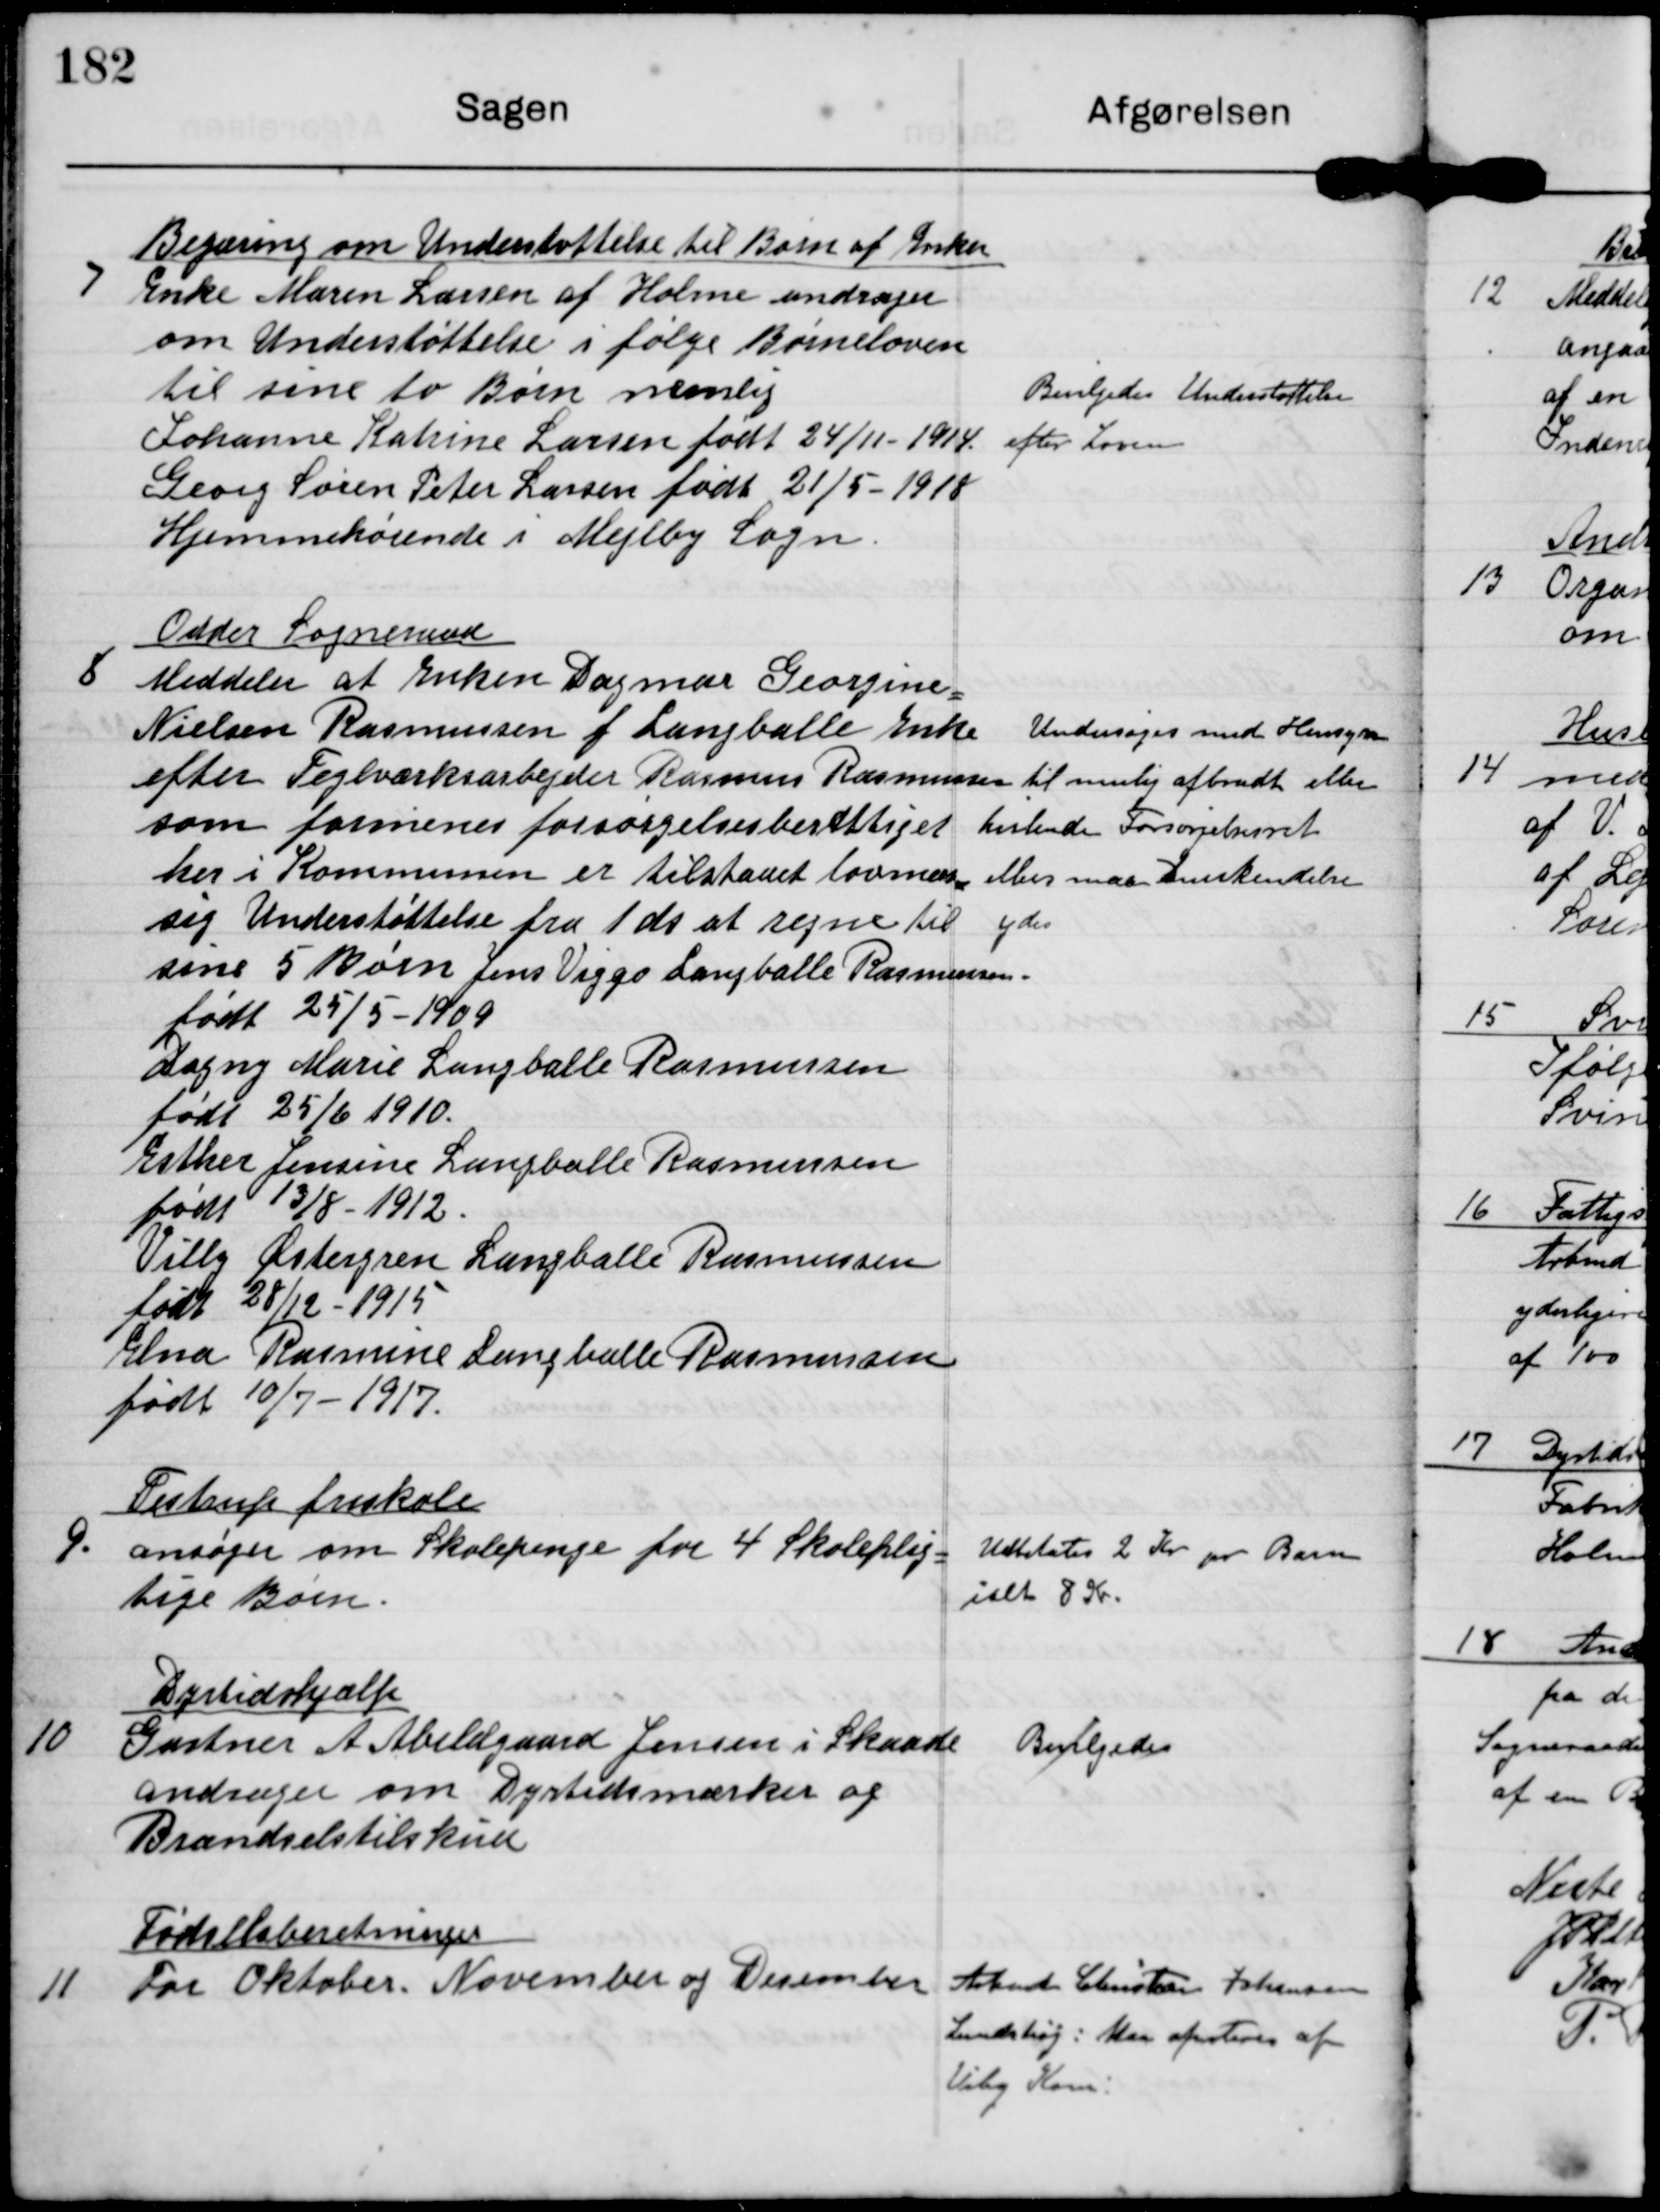
Transskription:
7

Begæring om Understøttelse til Børn og Enker
Enke Maren Larsen af Holme andrager
om Understøttelse i følge Børneloven
til sine to Børn nemlig
Johanne Katrine Larsen født 24/11-1914
Georg Søren Peter Larsen født 21/5-1918
Hjemmehørende i Mejlby Sogn

Bevilgedes Understøttelse
efter Loven

8

Odder Sogneraad
Meddeler at Enken Dagmar Georgine
Nielsen Rasmussen f. Langballe Enke
efter Teglværksarbejder Rasmus Rasmussen
som formenes forsørgelsesberettiget
her i Kommunen er tilstaaet lovmæs-
sig Understøttelse fra 1 ds at regne til
sine 5 Børn Jens Viggo Langballe Rasmussen
født 25/5-1909
Dagny Marie Langballe Rasmussen
født 25/6 1910
Esther Jensine Langballe Rasmussen
født 13/8-1912
Villy Østergren Langballe Rasmussen
født 28/12-1915
Elna Rasmine Langballe Rasmussen
født 10/7-1917

Undersøges med Hensyn
til mulig afbrudt eller
hvilende Forsørgelsesret
ellers maa Anerkendelse
ydes.

9.

Testrup friskole
ansøger om Skolepenge for 4 Skoleplig-
tige Børn.

Udbetales 2 Kr pr. Barn
ialt 8 Kr.

10

Dyrtidshjælp
Gartner A Abildgaard Jensen i Skaade
andrager om Dyrtidsmærker og
Brændselstilskud

Bevilgedes

11

Fødselsberetninger
For Oktober, November og Desember

Arbmd Christen Johansen
Lundshøj. Maa afnoteres af
Viby Kom.